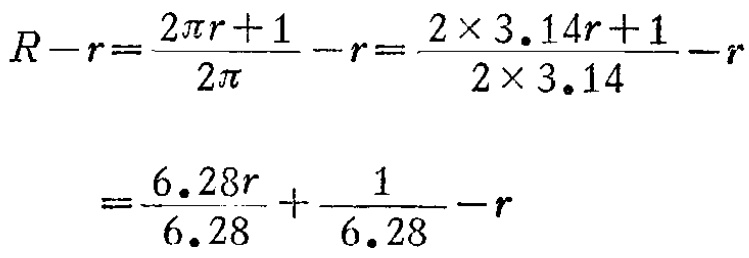
\[

\begin{align*}

R - r&=\frac{2\pi r + 1}{2\pi}-r=\frac{2\times3.14r + 1}{2\times3.14}-r\\

&=\frac{6.28r}{6.28}+\frac{1}{6.28}-r

\end{align*}

\]